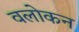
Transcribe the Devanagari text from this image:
वलोकन